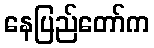
နေပြည်တော်က